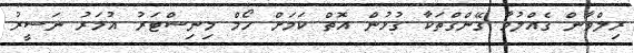
ރިލްވާން ގެއްލުމާ ގޭންގްތަކާ ގުޅުން އޮތް ކަމަށް ހޯމް މިނިސްޓަރު އުމަރު ނަސީރު